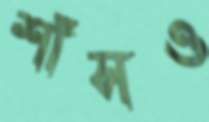
শাঁসও